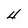
Character: 4